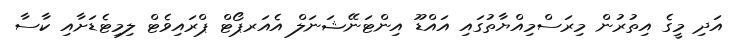
އަދި މީގެ އިތުރުން މިރަސްމިއްޔާތުގައި އައްޑޫ އިންޓަނޭޝަނަލް އެއަރޕޯޓް ޕްރައިވެޓް ލިމިޓެޑަށާއި ކާސާ